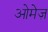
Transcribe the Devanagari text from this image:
ओमेज़